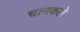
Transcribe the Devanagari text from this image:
चानकले